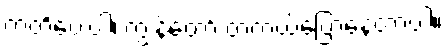
ကတိပေးပါ၊ ကျွန်တော် တကယ်ပြောနေတာပါ။